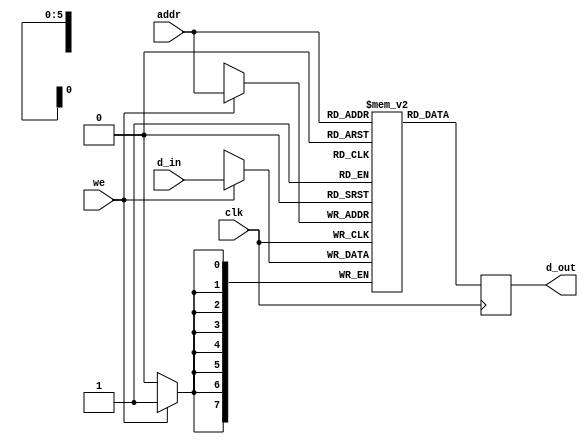
// This program was cloned from: https://github.com/skerr92/O2-Trainer
// License: MIT License

`default_nettype none
module i_mem(input wire clk,
             input wire we, 
             input wire [5:0] addr, 
             input wire [7:0] d_in, 
             output reg [7:0] d_out);

    reg [7:0] instr_mem [63:0];

    initial begin
        instr_mem[0] = 8'b01000001;
        instr_mem[1] = 8'b01000110;
        instr_mem[2] = 8'b01001011;
        instr_mem[3] = 8'b01001101;
        instr_mem[4] = 8'b00000111;
        instr_mem[5] = 8'b00000001;
        instr_mem[6] = 8'b00001001;
        instr_mem[7] = 8'b00001011;
        instr_mem[8] = 8'b10_0000_11;
        instr_mem[9] = 8'b10_0001_01;
        instr_mem[10] = 8'b10_1011_11;
        instr_mem[11] = 8'b10_1100_11;
        instr_mem[12] = 8'b10_0111_11;
        instr_mem[13] = 8'b11_00_1000;
        instr_mem[14] = 8'b11_01_1011;
        instr_mem[15] = 8'b11_10_0111;

    end

    always @(posedge clk) begin 
        if (we) begin 
            instr_mem[addr] <= d_in;
        end
        d_out <= instr_mem[addr];
    end

endmodule